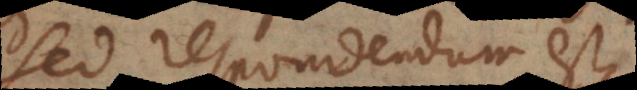
Sed respondendum est,